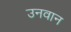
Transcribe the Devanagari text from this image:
उनवान